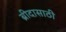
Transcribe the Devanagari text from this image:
ब्रीदासाठी